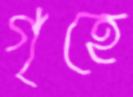
গৃহে